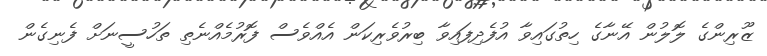
ޒޫރިންގެ ލޮލުން އޭނާގެ ހިތުގައިވާ އުފެދިފައިވާ ބިރުވެރިކަން އެއްވެސް ފޮރުމެއްނެތި ތަހުސީނަށް ފެނިގެން